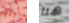
أولاء هنا